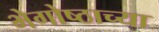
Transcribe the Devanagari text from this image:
भेगोष्ठाच्या